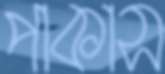
পাকাস